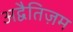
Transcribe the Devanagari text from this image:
अद्वैतिज़म